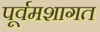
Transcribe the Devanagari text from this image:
पूर्वमशागत